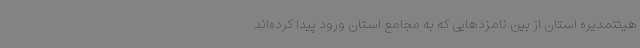
هیئتمدیره استان از بین نامزدهایی که به مجامع استان ورود پیدا کرده‌اند